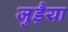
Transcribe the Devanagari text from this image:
जुड़ैया